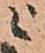
ニ